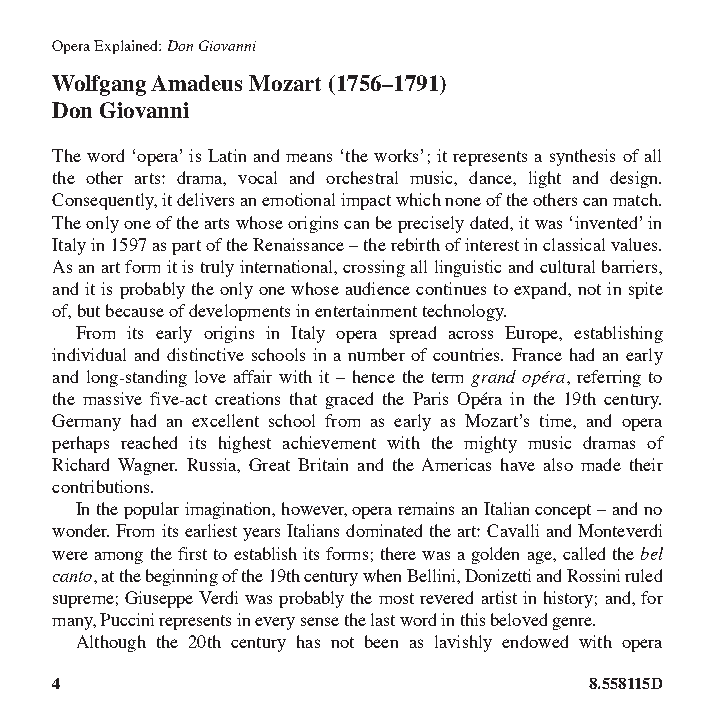
Opera Explained: Don Giovanni
 Wolfgang Amadeus Mozart (1756–1791)
 Don Giovanni
 The word ‘opera’ is Latin and means ‘the works’; it represents a synthesis of all
 the other arts: drama, vocal and orchestral music, dance, light and design.
 Consequently, it delivers an emotional impact which none of the others can match.
 The only one of the arts whose origins can be precisely dated, it was ‘invented’ in
 Italy in 1597 as part of the Renaissance – the rebirth of interest in classical values.
 As an art form it is truly international, crossing all linguistic and cultural barriers,
 and it is probably the only one whose audience continues to expand, not in spite
 of, but because of developments in entertainment technology.
 From its early origins in Italy opera spread across Europe, establishing
 individual and distinctive schools in a number of countries. France had an early
 and long-standing love affair with it – hence the term grand opéra, referring to
 the massive five-act creations that graced the Paris Opéra in the 19th century.
 Germany had an excellent school from as early as Mozart’s time, and opera
 perhaps reached its highest achievement with the mighty music dramas of
 Richard Wagner. Russia, Great Britain and the Americas have also made their
 contributions.
 In the popular imagination, however, opera remains an Italian concept – and no
 wonder. From its earliest years Italians dominated the art: Cavalli and Monteverdi
 were among the first to establish its forms; there was a golden age, called the bel
 canto, at the beginning of the 19th century when Bellini, Donizetti and Rossini ruled
 supreme; Giuseppe Verdi was probably the most revered artist in history; and, for
 many, Puccini represents in every sense the last word in this beloved genre.
 Although the 20th century has not been as lavishly endowed with opera
 4                                   8.558115D